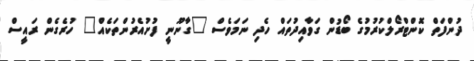
ދުންފަތް ކޮންޓްރޯލްކުރުމުގެ ބޯޑުން ގަވާއިދުތައް ހެދި ނަމަވެސް "ގާނޫނީ ފުށުއެރުންތަކެއް" ހުރެގެން ރައީސް